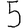
Digit: 5